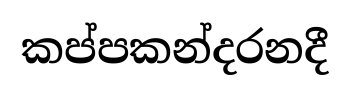
කප්පකන්දරනදී